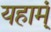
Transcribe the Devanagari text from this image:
यहाम्ं